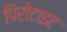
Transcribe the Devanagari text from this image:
पिरोटाइट